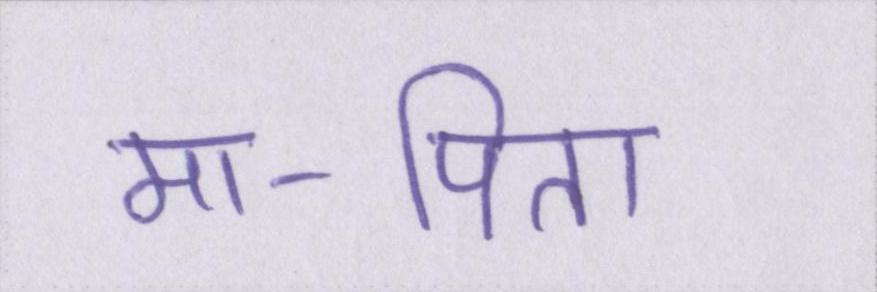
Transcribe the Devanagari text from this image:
मा-पिता